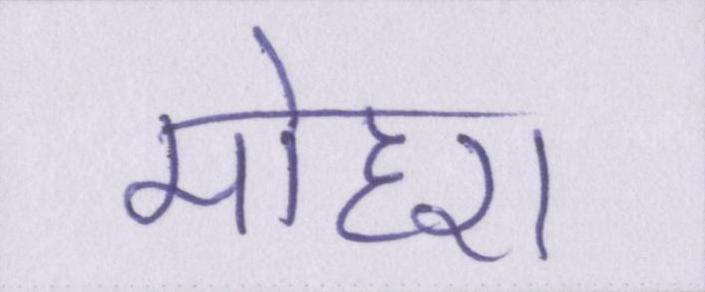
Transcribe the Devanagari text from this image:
मोहरा